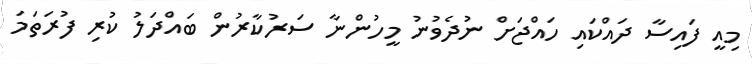
މިއީ ފައިސާ ދައްކައި ހައްޖަށް ނުދެވުނު މީހުންނާ ސަރުކާރުން ބައްދަލު ކުރި ފުރަތަމަ